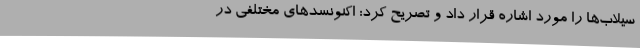
سیلاب‌ها را مورد اشاره قرار داد و تصریح کرد: اکنونسدهای مختلفی در